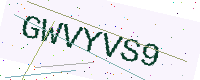
Text: GWVYVS9